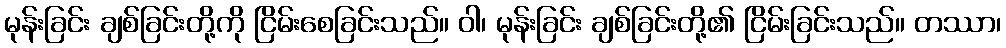
မုန်းခြင်း ချစ်ခြင်းတို့ကို ငြိမ်းစေခြင်းသည်။ ဝါ၊ မုန်းခြင်း ချစ်ခြင်းတို့၏ ငြိမ်းခြင်းသည်။ တဿာ၊